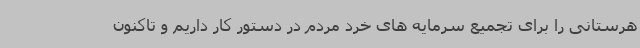
هرستانی را برای تجمیع سرمایه های خرد مردم در دستور کار داریم و تاکنون